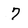
Character: 7